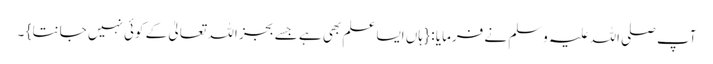
آپ صلی اللہ علیہ وسلم نے فرمایا : { ہاں ایسا علم بھی ہے جسے بجز اللہ تعالیٰ کے کوئی نہیں جانتا } ۔